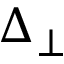
\Delta _ { \perp }